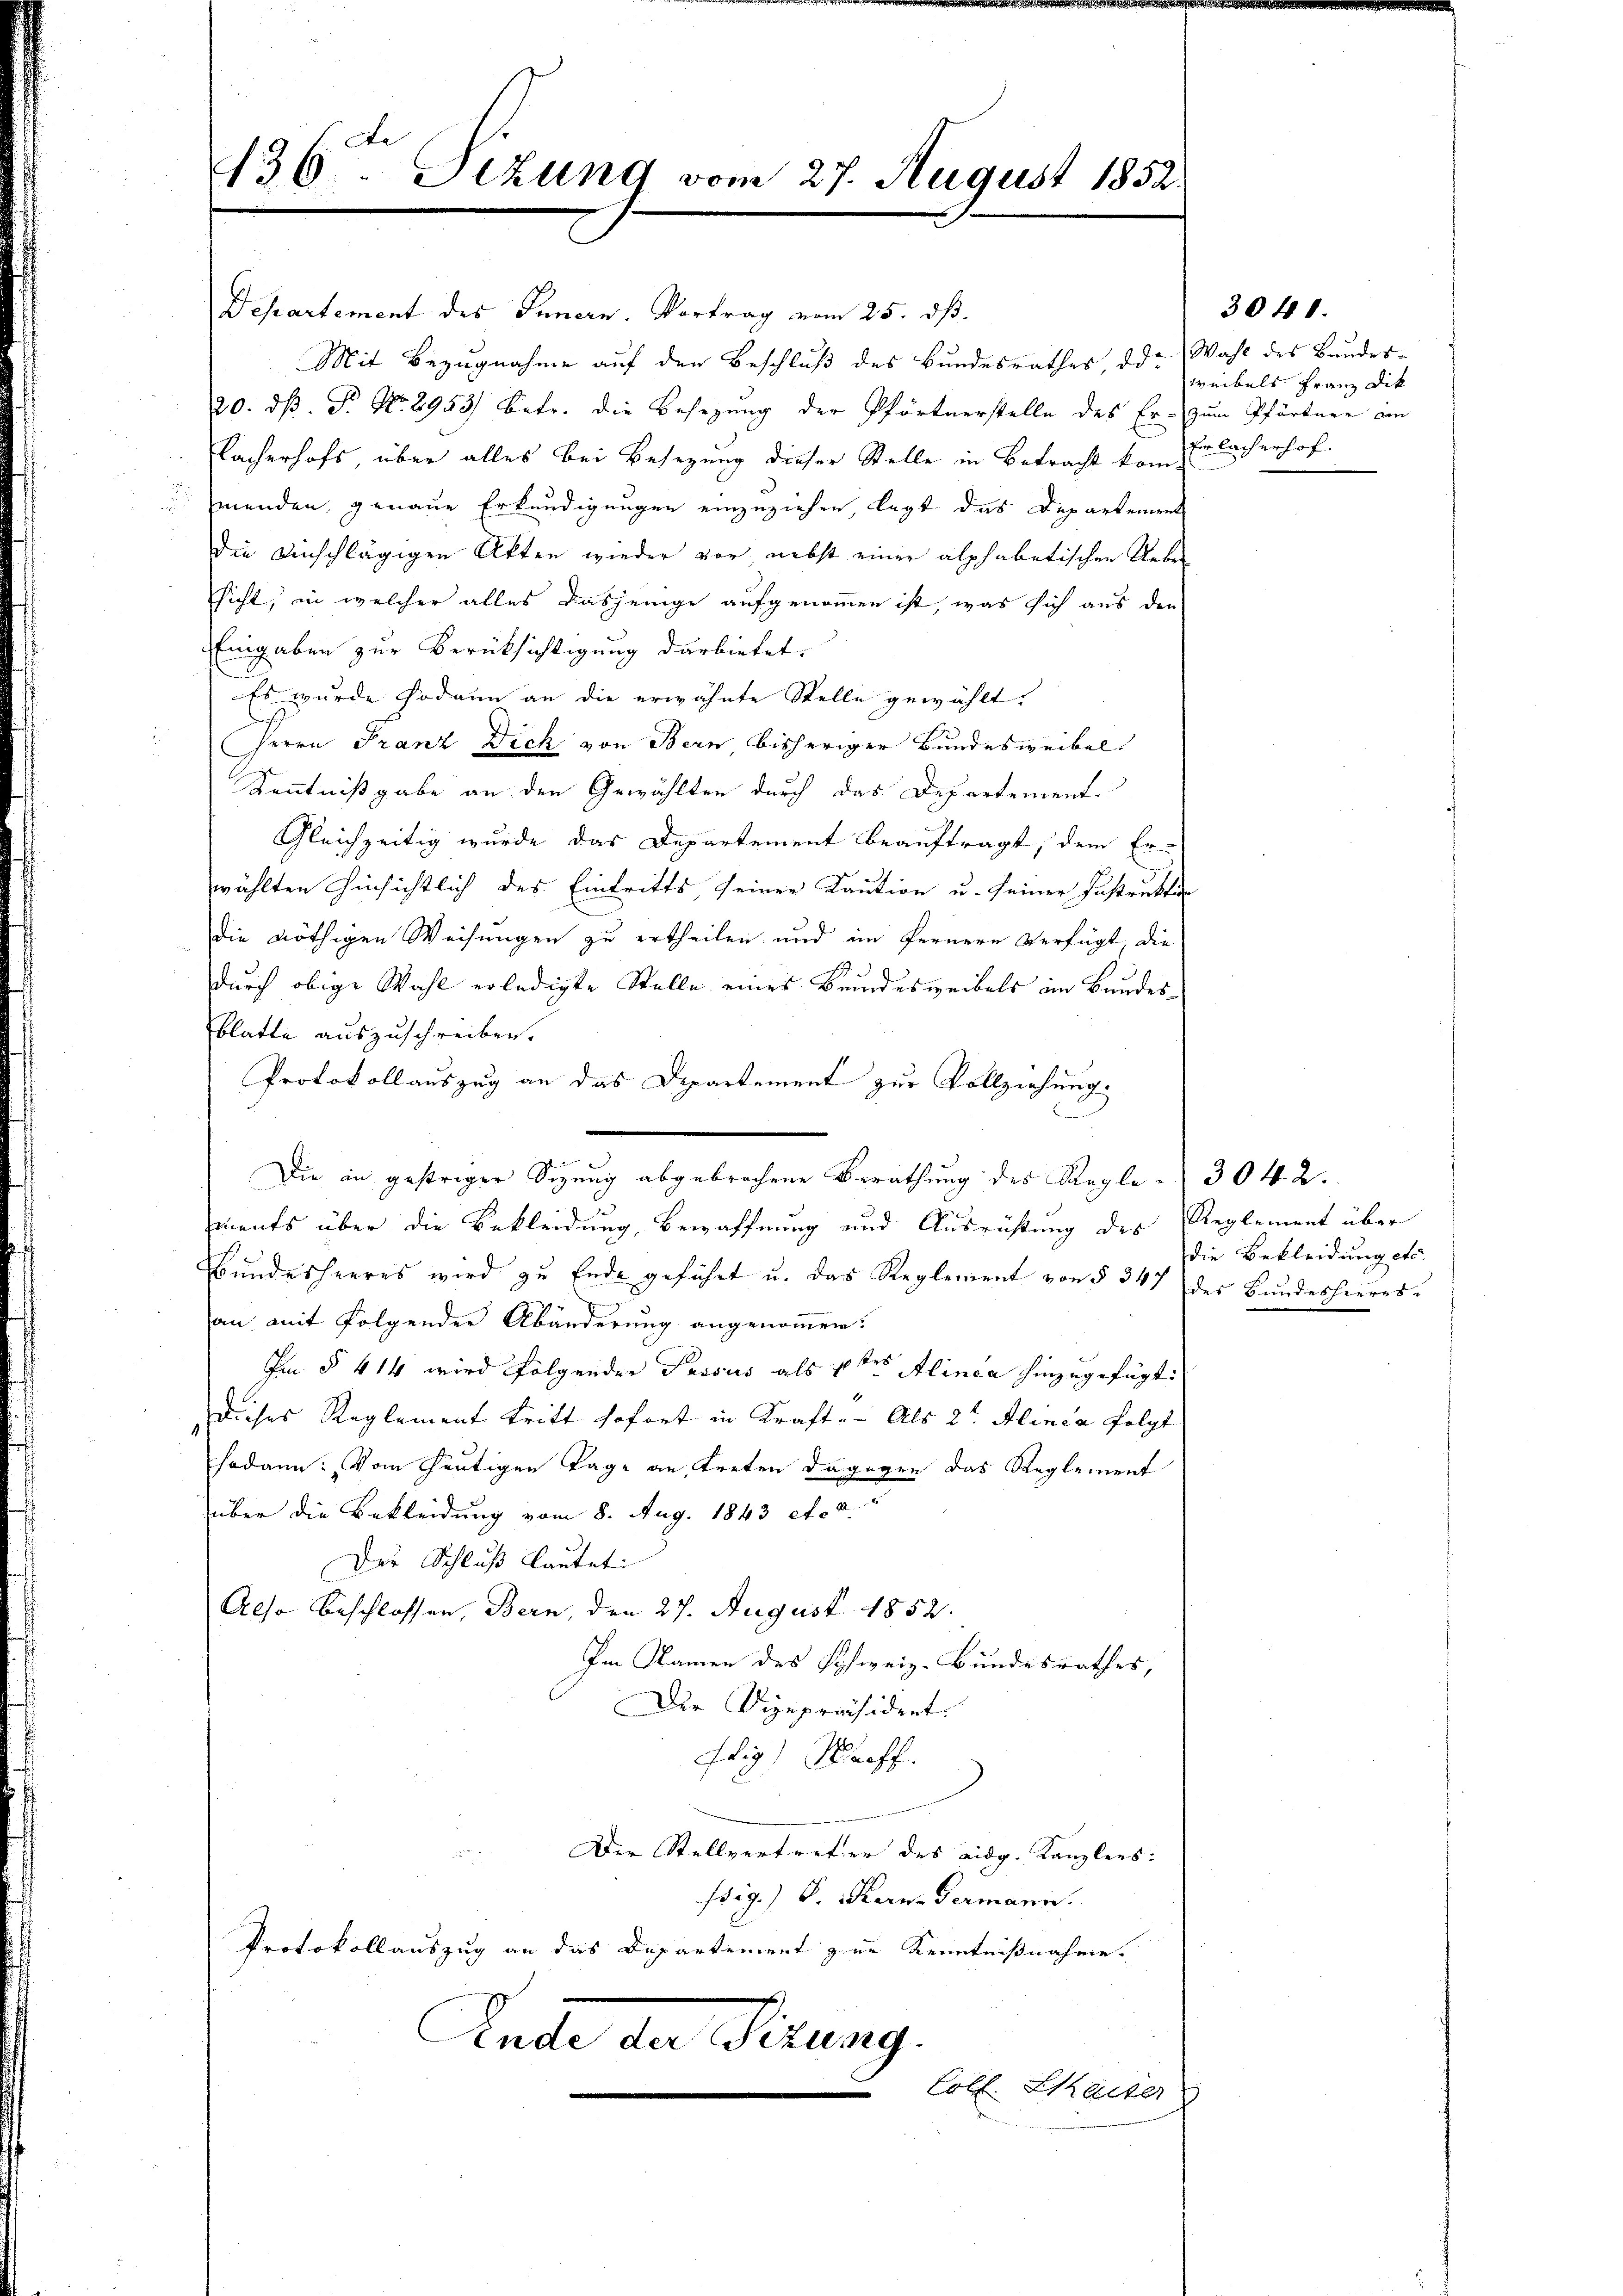
136 Sezung vom 27. August 1852.

Departement des Innern. Vortrag vom 25. dß.
Mit Bezugnahme auf den Beschluß des Bundesrathes, ode
20. dß. P. Nr. 2953) Betr. die Besetzung der Pförtnerstelle des Er-
Kacherhofs, über alles bei Besetzung dieser Stelle in Betracht kommenden, genaue Erkundigungen einzuziehen, legt das Departement
die einschlägigen Akten wieder vor nebst einer alphabetischen Ueber
sicht, in welcher alles dasjenige aufgenommen ist, was sich aus den
Eingaben zur Berücksichtigung darbietet.
Es wurde sodann an die erwähnte Stelle gewählt.
Herrn Franz Dich von Bern bisheriger Bundesweibel.
Kenntnißgabe an den Gewählten durch das Departement
Gleichzeitig wurde das Departement beauftragt, dem Er-
wählten Hinsichtlich des Eintritts, seiner Kaution u. seiner Instrukti
die nöthigen Weisungen zu ertheilen und im fernere Verfügt, die
durch obige Wahl erledigte Stelle eines Bundesweibels im Bundesblatte auszuschreiben.
Protokollauszug an das Departement zur Vollziehung.
Die in gestriger Sitzung abgebrochene Berathung des Kangle - 304. 2.
ments über die Bekleidung, Bewaffnung und Ausrichtung des
bŭndesheeres wird zu Ende geführt u. das Reglement von § 347 (des Bundesheeres-
.
an mit folgenden Abänderung angenommen.
Im § 414 wird folgender Passus als 1ter Alinea hinzugefügt:
dieses Reglement tritt sofort in Kraft. Als 2te Alinea folgt
sodann: Vom heutigen Tage an treten dagegen das Reglement
über die Bekleidung vom 8. Aug. 1843 et a
Der Schluß lautet:
Also beschlossen, Bern, den 27. August 1852.
Im Namen des Schweiz-Bundesrathes,
Der Vizepräsident.
fig) Waeff.
Der Stellvertreter des eidg. Kanzlers:
sig.) S. Kern Germann.
Protokollauszug an das Departement zur Kenntnißnahme.
Ende die Firung
Coll. Staiser

Wahl des Bundes-
weibels Franz Dik
zum Pfärtner am
Ein lacherhof.

3040.

Reglement über
die Bekleidung etc.